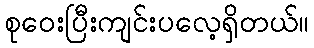
စုဝေးပြီးကျင်းပလေ့ရှိတယ်။